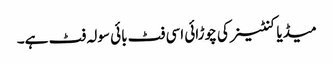
میڈیا کنٹینر کی چوڑائی اسی فٹ بائی سولہ فٹ ہے۔